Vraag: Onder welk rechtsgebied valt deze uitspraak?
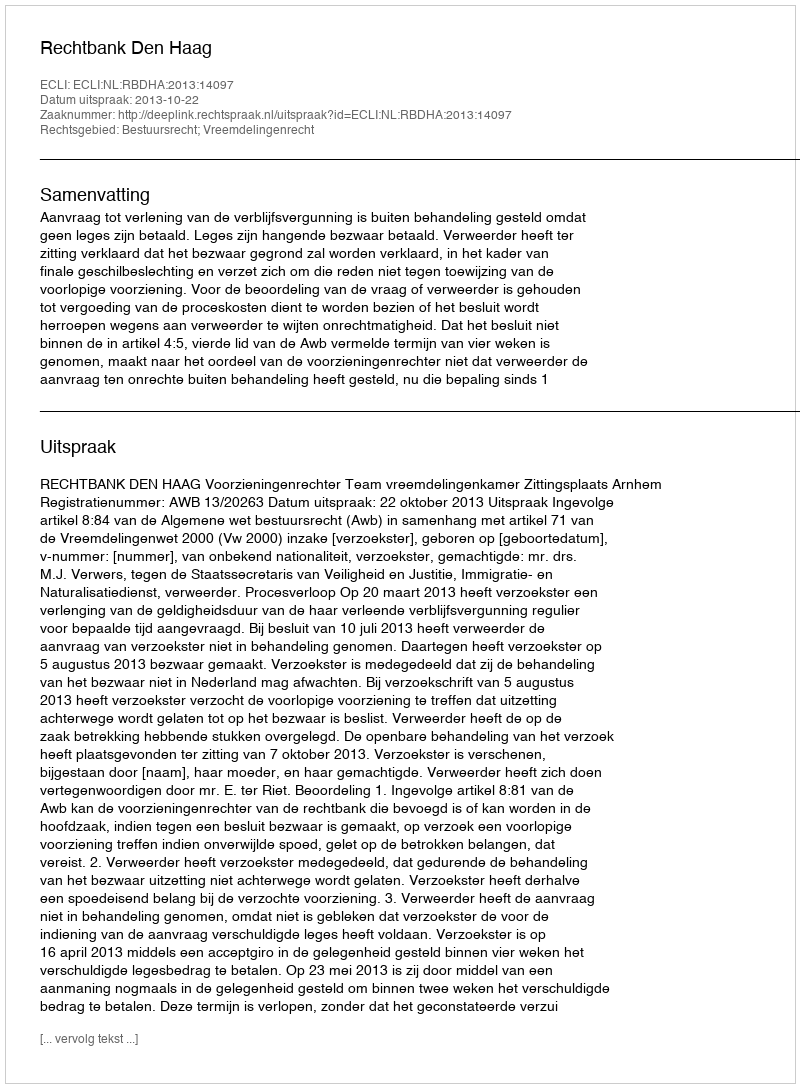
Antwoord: Bestuursrecht; Vreemdelingenrecht